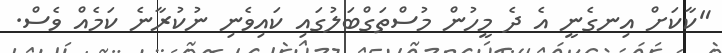
"ކާކަށް އިނގެނީ އެ ދެ މީހުން މުސްތަގްބަލުގައި ކައިވެނި ނުކުރާނެ ކަމެއް ވެސް.